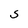
Character: S